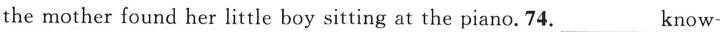
the mother found her little boy sitting at the piano. 74.___ know-